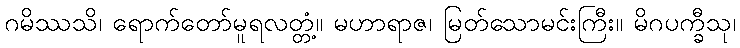
ဂမိဿသိ၊ ရောက်တော်မူရလတ္တံ့။ မဟာရာဇ၊ မြတ်သောမင်းကြီး။ မိဂပက္ခီသု၊